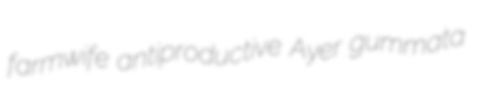
farmwife antiproductive Ayer gummata